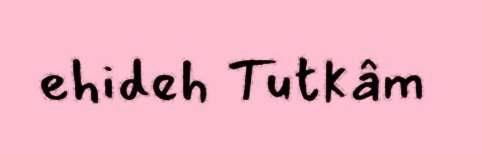
ehideh Tutkâm